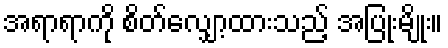
အရာရာကို စိတ်လျှော့ထားသည့် အပြုံးမျိုး။